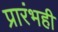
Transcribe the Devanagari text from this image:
प्रारंभही